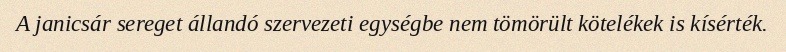
A janicsár sereget állandó szervezeti egységbe nem tömörült kötelékek is kísérték.